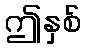
ဤနှစ်